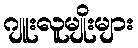
ဂျူးလူမျိုးများ